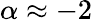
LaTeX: \alpha\approx-2